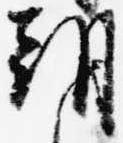
朝